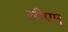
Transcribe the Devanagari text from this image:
सीएम्